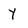
Character: y